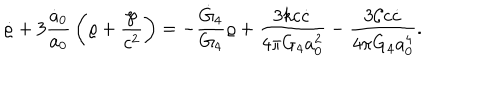
\dot { \varrho } + 3 { \frac { \dot { a } _ { 0 } } { a _ { 0 } } } \left( \varrho + { \frac { \wp } { c ^ { 2 } } } \right) = - { \frac { \dot { G } _ { 4 } } { G _ { 4 } } } \varrho + { \frac { 3 k c \dot { c } } { 4 \pi G _ { 4 } a _ { 0 } ^ { 2 } } } - { \frac { 3 { \cal C } c \dot { c } } { 4 \pi G _ { 4 } a _ { 0 } ^ { 4 } } } .